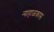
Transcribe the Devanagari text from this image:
न्याहाळकास